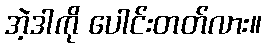
အဲ့ဒါကို ပေါင်းတတ်လား။